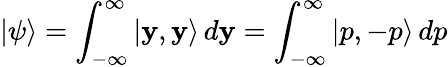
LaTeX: |\psi\rangle=\int_{-\infty}^{\infty}|\mathbf{y},\mathbf{y}\rangle\, d\mathbf{y}=\int_{-\infty}^{\infty}|p,-p\rangle\, dp